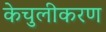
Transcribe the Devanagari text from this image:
केचुलीकरण